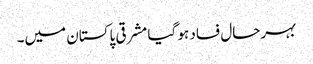
بہرحال فساد ہو گیا مشرقی پاکستان میں۔